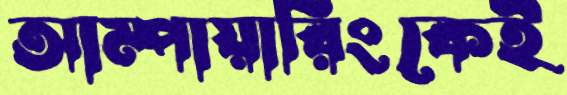
আম্পায়ারিংকেই